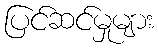
ပြင်ဆင်မှုများ